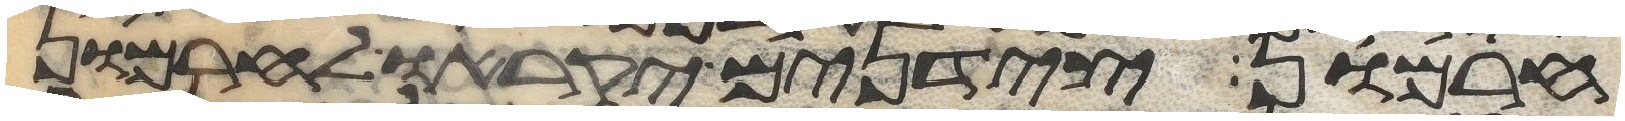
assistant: חרמון צידנים יקראו לחרמון